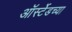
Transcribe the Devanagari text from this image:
ऑर्स्टेडच्या